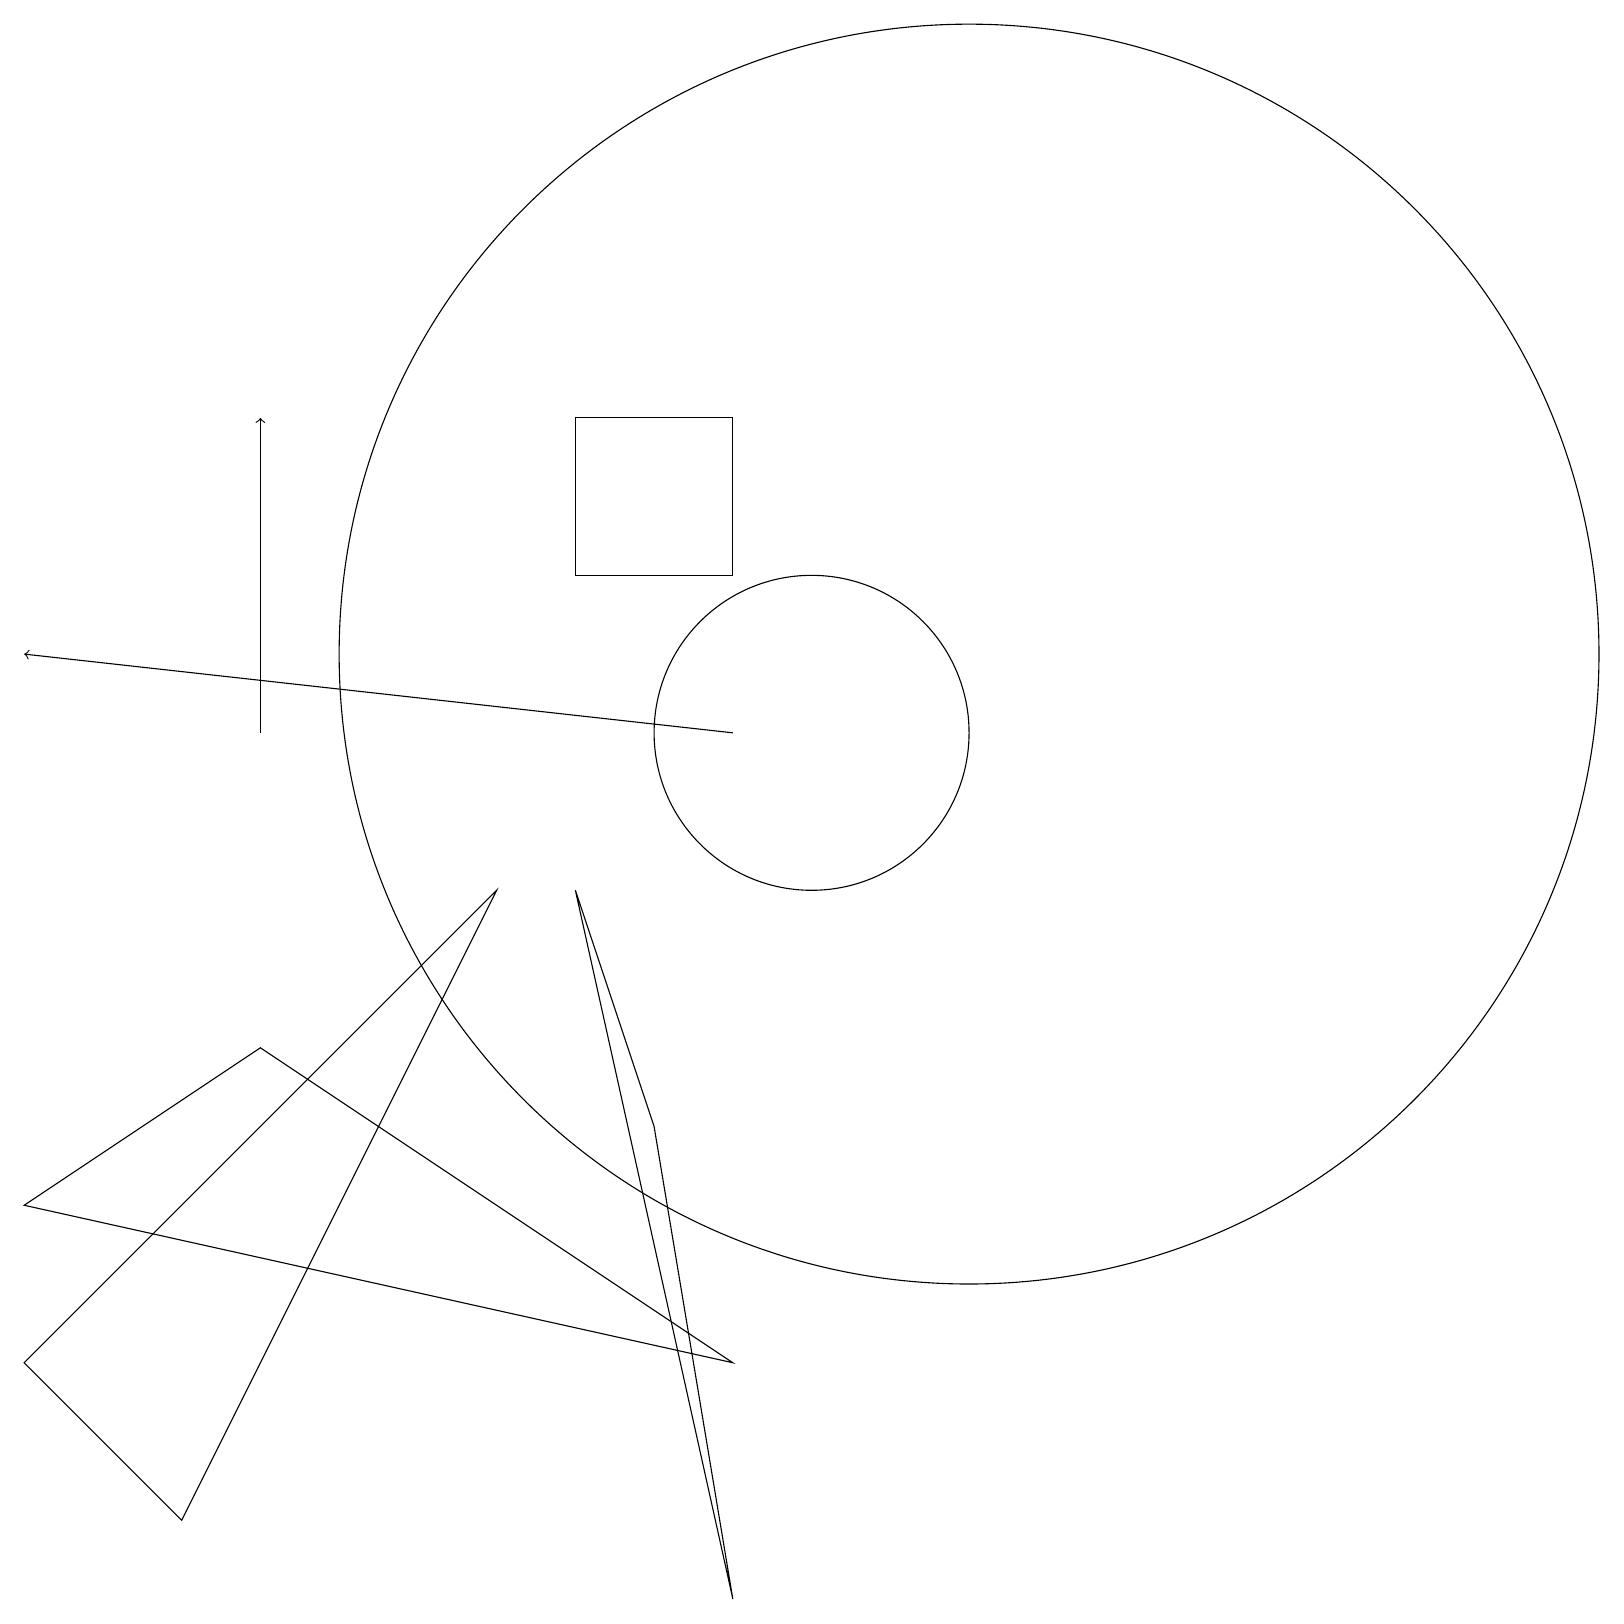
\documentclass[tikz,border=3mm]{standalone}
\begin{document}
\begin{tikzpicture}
\draw (3,7) -- (9,3) -- (0,5) -- cycle;
\draw (12,12) circle (8);
\draw (7,9) -- (8,6) -- (9,0) -- cycle;
\draw (6,9) -- (2,1) -- (0,3) -- cycle;
\draw[->] (3,11) -- (3,15);
\draw (7,13) rectangle (9,15);
\draw (10,11) circle (2);
\draw[->] (9,11) -- (0,12);
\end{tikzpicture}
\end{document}